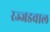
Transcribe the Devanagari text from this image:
रज्जडवाल